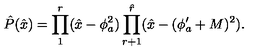
\hat { P } ( \hat { x } ) = \prod _ { 1 } ^ { r } ( \hat { x } - \phi _ { a } ^ { 2 } ) \prod _ { r + 1 } ^ { \hat { r } } ( \hat { x } - ( \phi _ { a } ^ { \prime } + M ) ^ { 2 } ) .